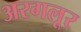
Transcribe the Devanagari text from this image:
अरगलूर